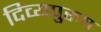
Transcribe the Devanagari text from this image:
दिव्यपुरुष